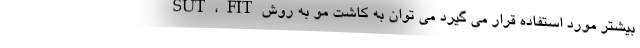
بیشتر مورد استفاده قرار می گیرد می توان به کاشت مو به روش SUT ، FIT